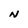
Character: N